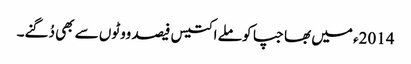
2014ء میں بھاجپا کو ملے اکتیس فیصد ووٹوں سے بھی دُگنے۔